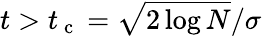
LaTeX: t>t_{\mathrm{~c~}}=\sqrt{2\log N}/\sigma